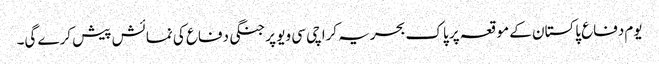
یوم دفاع پاکستان کے موقعہ پر پاک بحریہ کراچی سی ویو پر جنگی دفاع کی نمائش پیش کرے گی۔